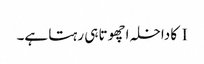
I کا داخلہ اچھوتا ہی رہتا ہے۔